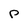
Character: P